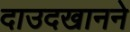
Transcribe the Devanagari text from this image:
दाउदखानने